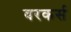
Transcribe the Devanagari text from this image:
वरकर्स